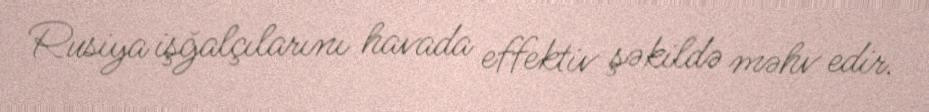
Rusiya işğalçılarını havada effektiv şəkildə məhv edir.